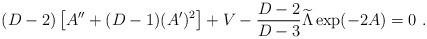
LaTeX: \begin{align*} (D-2)\left[A^{\prime\prime}+(D-1)(A^\prime)^2\right]+V- {{D-2}\over{D-3}}{\widetilde\Lambda}\exp(-2A)=0~.\end{align*}